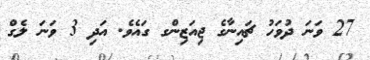
27 ވަނަ ދުވަހު ޗައިނާގެ ޖިއަޒިންގ ގައެވެ. އަދި 3 ވަނަ ލެގް